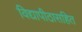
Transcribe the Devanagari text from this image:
विद्यापीठासहित